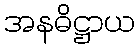
အနဓိဋ္ဌာယ